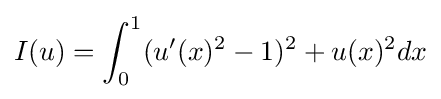
I(u)=\int _{0}^{1}(u'(x)^{2}-1)^{2}+u(x)^{2}dx